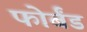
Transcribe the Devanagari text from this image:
फोर्बंड